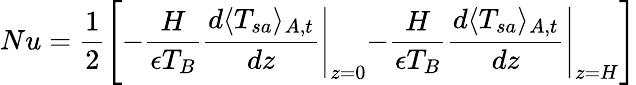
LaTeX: Nu=\frac{1}{2}\left[\left.-\frac{H}{\epsilon T_{B}}\frac{d\langle T_{sa}\rangle_{A,t}}{dz}\right|_{z=0}\left.-\frac{H}{\epsilon T_{B}}\frac{d\langle T_{sa}\rangle_{A,t}}{dz}\right|_{z=H}\right]